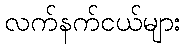
လက်နက်ငယ်များ